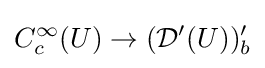
C_{c}^{\infty }(U)\to ({\mathcal {D}}^{\prime }(U))'_{b}